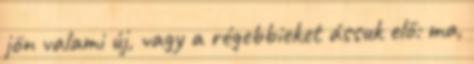
jön valami új, vagy a régebbieket ássuk elő: ma,